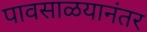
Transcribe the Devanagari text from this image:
पावसाळयानंतर